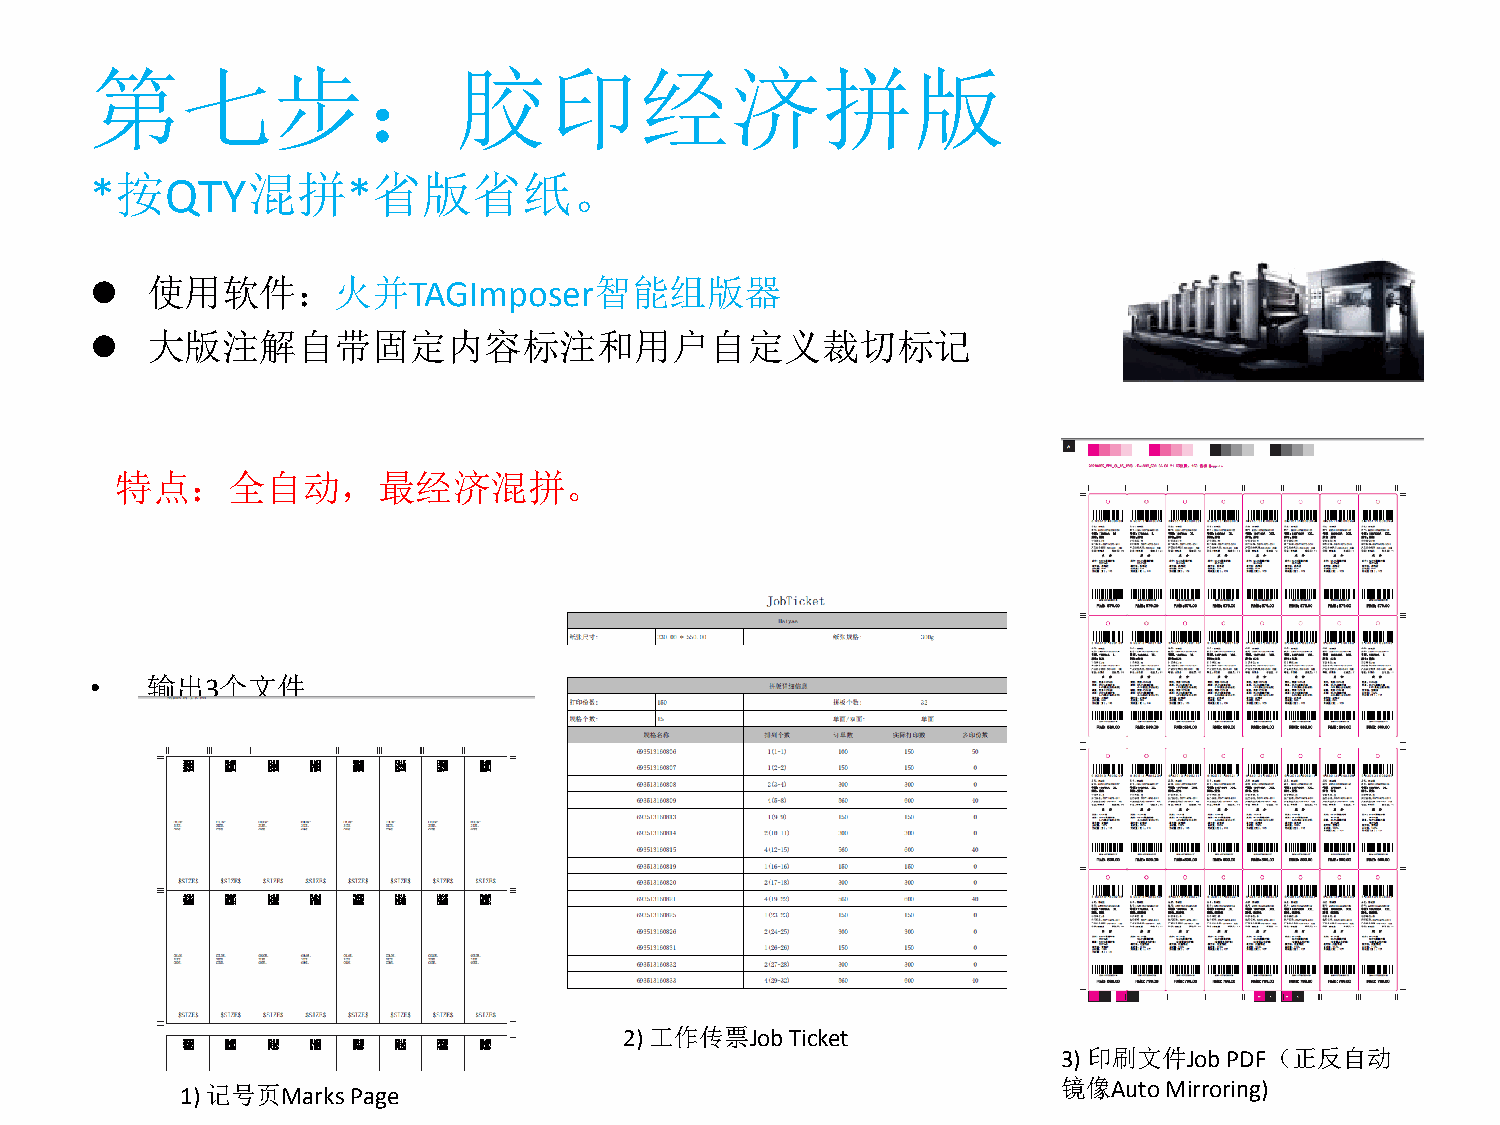
第七步：胶印经济拼版
 *按QTY混拼*省版省纸。
    使用软件：火并TAGImposer智能组版器
    大版注解自带固定内容标注和用户自定义裁切标记
 特 点：全自动，最经济混拼。
 •   输出3个文件
 2) 工作传票Job Ticket
 3) 印刷文件Job PDF（正反自动
 1) 记号页Marks Page                                          镜像Auto Mirroring)